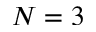
N = 3